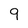
Character: 9